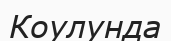
Коулунда